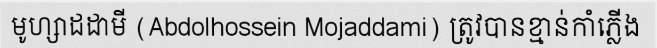
មូហ្សាដដាមី (Abdolhossein Mojaddami) ត្រូវបានខ្មាន់កាំភ្លើង